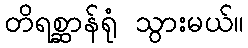
တိရစ္ဆာန်ရုံ သွားမယ်။